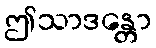
ဤသာဒန္တော